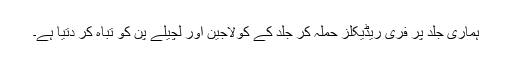
ہماری جلد پر فری ریڈیکلز حملہ کر جلد کے کولاجین اور لچیلے پن کو تباہ کر دتیا ہے۔